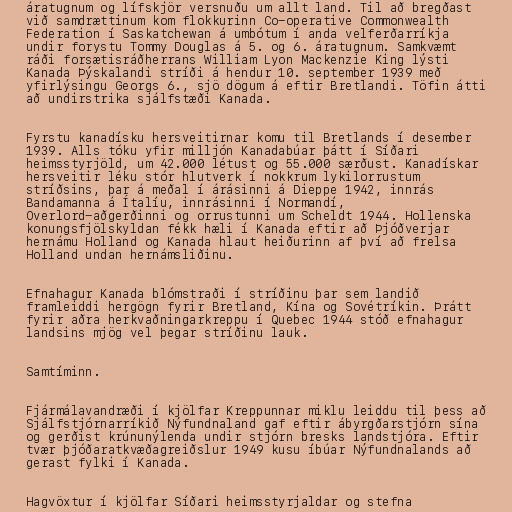
áratugnum og lífskjör versnuðu um allt land. Til að bregðast
við samdrættinum kom flokkurinn Co-operative Commonwealth
Federation í Saskatchewan á umbótum í anda velferðarríkja
undir forystu Tommy Douglas á 5. og 6. áratugnum. Samkvæmt
ráði forsætisráðherrans William Lyon Mackenzie King lýsti
Kanada Þýskalandi stríði á hendur 10. september 1939 með
yfirlýsingu Georgs 6., sjö dögum á eftir Bretlandi. Töfin átti
að undirstrika sjálfstæði Kanada.

Fyrstu kanadísku hersveitirnar komu til Bretlands í desember
1939. Alls tóku yfir milljón Kanadabúar þátt í Síðari
heimsstyrjöld, um 42.000 létust og 55.000 særðust. Kanadískar
hersveitir léku stór hlutverk í nokkrum lykilorrustum
stríðsins, þar á meðal í árásinni á Dieppe 1942, innrás
Bandamanna á Ítalíu, innrásinni í Normandí,
Overlord-aðgerðinni og orrustunni um Scheldt 1944. Hollenska
konungsfjölskyldan fékk hæli í Kanada eftir að Þjóðverjar
hernámu Holland og Kanada hlaut heiðurinn af því að frelsa
Holland undan hernámsliðinu.

Efnahagur Kanada blómstraði í stríðinu þar sem landið
framleiddi hergögn fyrir Bretland, Kína og Sovétríkin. Þrátt
fyrir aðra herkvaðningarkreppu í Quebec 1944 stóð efnahagur
landsins mjög vel þegar stríðinu lauk.

Samtíminn.

Fjármálavandræði í kjölfar Kreppunnar miklu leiddu til þess að
Sjálfstjórnarríkið Nýfundnaland gaf eftir ábyrgðarstjórn sína
og gerðist krúnunýlenda undir stjórn bresks landstjóra. Eftir
tvær þjóðaratkvæðagreiðslur 1949 kusu íbúar Nýfundnalands að
gerast fylki í Kanada.

Hagvöxtur í kjölfar Síðari heimsstyrjaldar og stefna